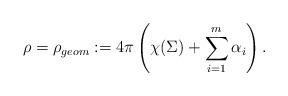
LaTeX: \begin{align*}\rho = \rho_{geom}:= 4\pi \left( \chi(\Sigma)+ \sum_{i=1}^m\alpha_i \right).\end{align*}